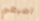
اصبعي